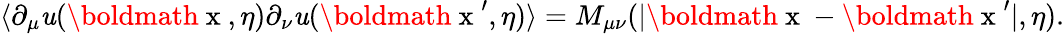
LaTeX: \langle\partial_{\mu}\mathit{u}(\mathrm{{\boldmath~x~}},\eta)\partial_{\nu}\mathit{u}(\mathrm{{\boldmath~x~}}^{\prime},\eta)\rangle=M_{\mu\nu}(|\mathrm{{\boldmath~x~}}-\mathrm{{\boldmath~x~}}^{\prime}|,\eta).